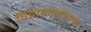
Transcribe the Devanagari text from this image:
विज्ञानमौसम